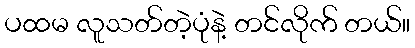
ပထမ လူသတ်တဲ့ပုံနဲ့ တင်လိုက် တယ်။